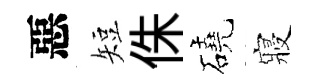
惡短侏磽寢